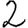
Digit: 2